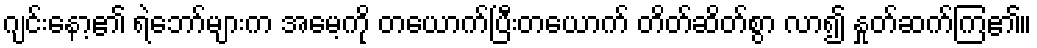
ဂျင်းနော့၏ ရဲဘော်များက အမေ့ကို တယောက်ပြီးတယောက် တိတ်ဆိတ်စွာ လာ၍ နှုတ်ဆက်ကြ၏။